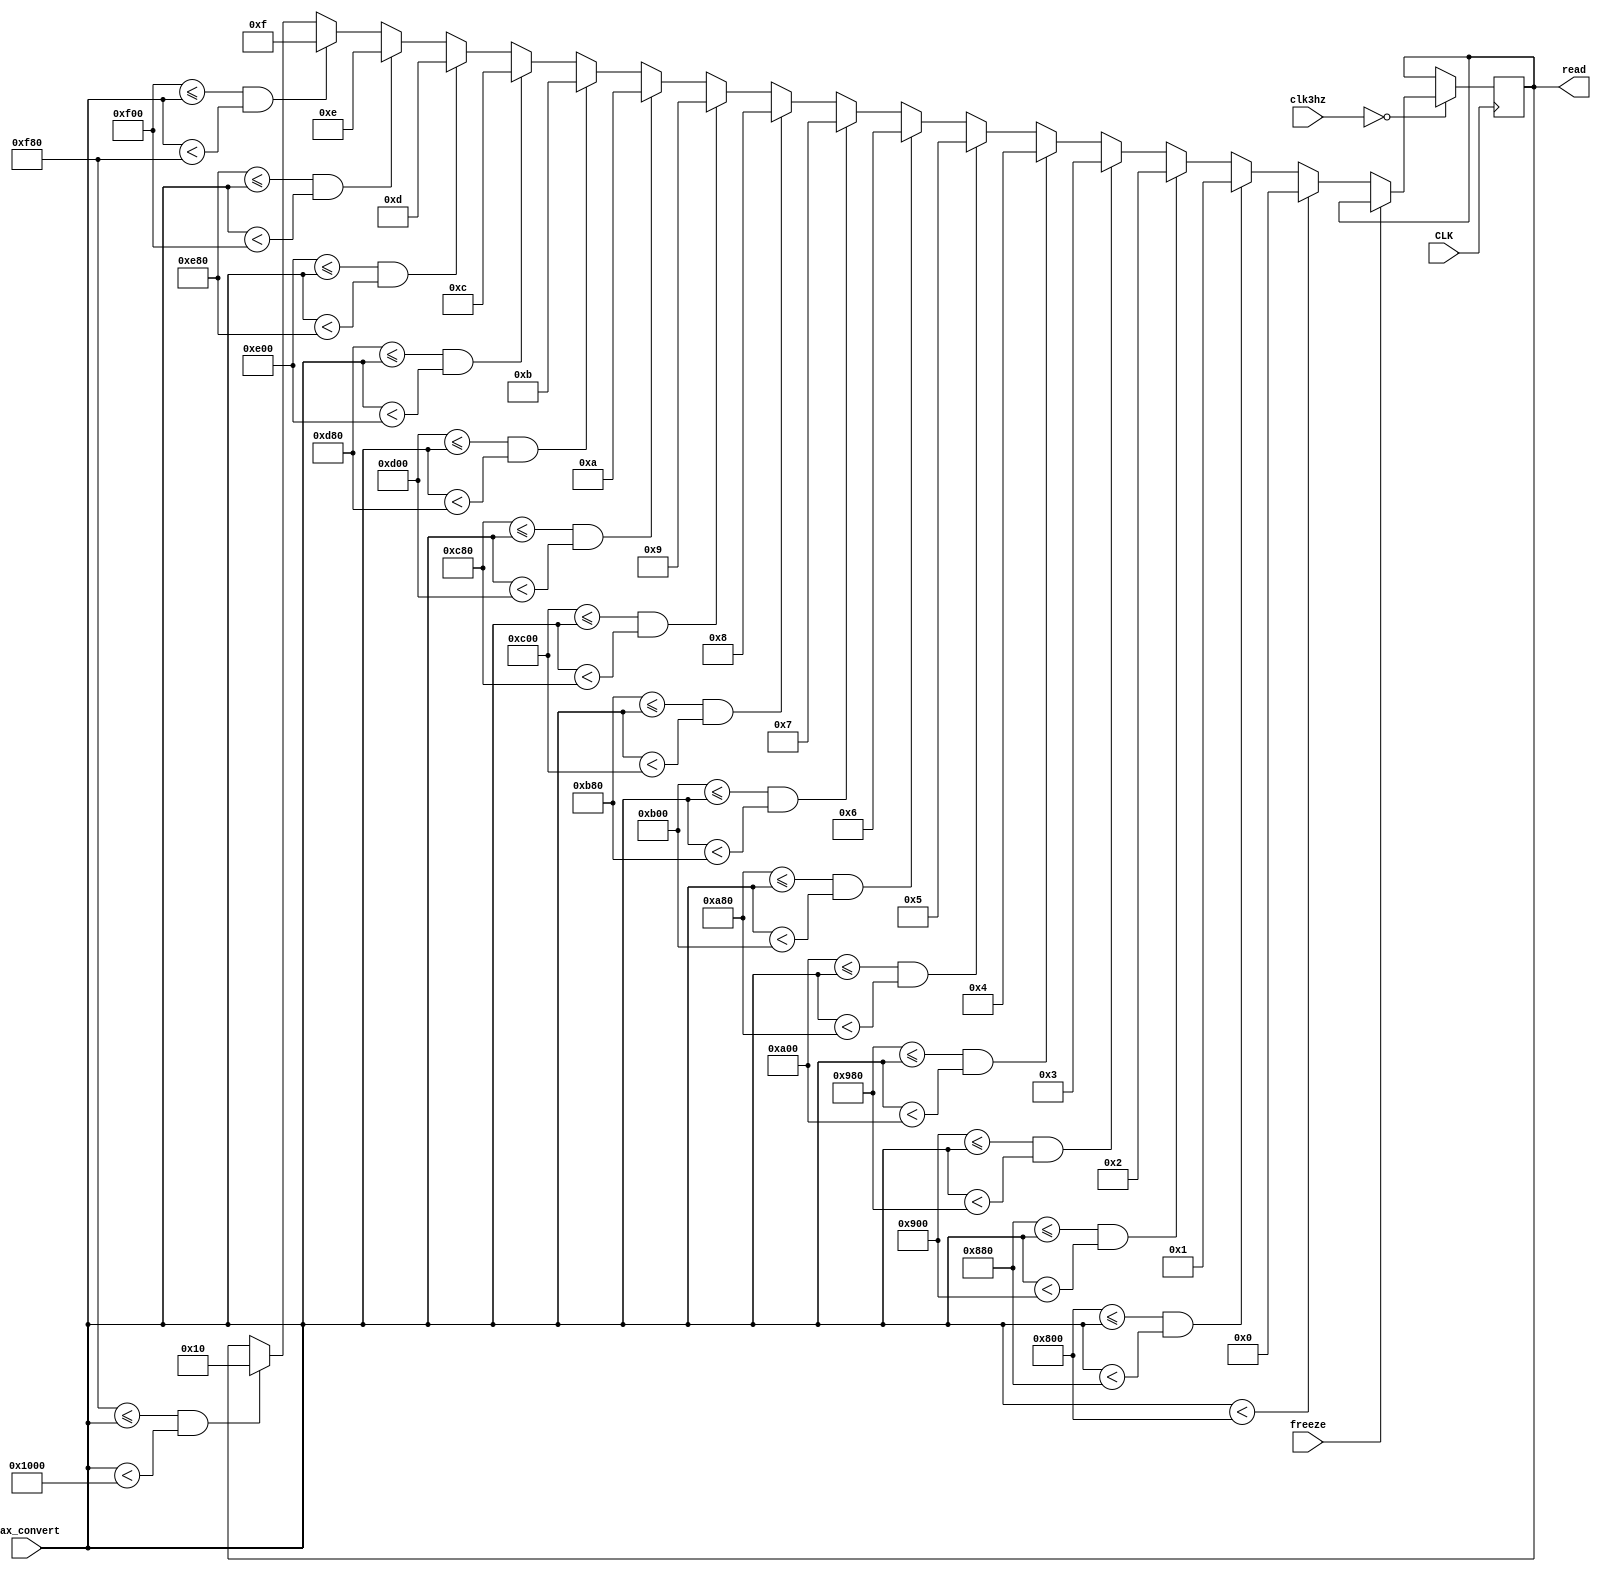
`timescale 1ns / 1ps
//////////////////////////////////////////////////////////////////////////////////
// Company: 
// Engineer: 
// 
// Design Name: 
// Module Name: Convert_max_mic
// Project Name: 
// Target Devices: 
// Tool Versions: 
// Description: 
// 
// Dependencies: 
// 
// Revision:
// Revision 0.01 - File Created
// Additional Comments:
// 
//////////////////////////////////////////////////////////////////////////////////


module Convert_max_mic(
    input CLK,
    input [24:0] clk3hz,
    input freeze,
    input [11:0] max_convert,
    output reg [4:0] read
    );
     always @ (posedge CLK)
     begin
        if (clk3hz == 0)
            begin
            if (!freeze) begin
                if (max_convert < 2048) read <= 0;
                else if (2048 <= max_convert && max_convert < 2176) read <= 1;
                else if (2176 <= max_convert && max_convert < 2304) read <= 2;
                else if (2304 <= max_convert && max_convert < 2432) read <= 3;
                else if (2432 <= max_convert && max_convert < 2560) read <= 4; 
                else if (2560 <= max_convert && max_convert < 2688) read <= 5; 
                else if (2688 <= max_convert && max_convert < 2816) read <= 6;
                else if (2816 <= max_convert && max_convert < 2944) read <= 7;
                else if (2944 <= max_convert && max_convert < 3072) read <= 8;
                else if (3072 <= max_convert && max_convert < 3200) read <= 9; 
                else if (3200 <= max_convert && max_convert < 3328) read <= 10;
                else if (3328 <= max_convert && max_convert < 3456) read <= 11;
                else if (3456 <= max_convert && max_convert < 3584) read <= 12;
                else if (3584 <= max_convert && max_convert < 3712) read <= 13;
                else if (3712 <= max_convert && max_convert < 3840) read <= 14;
                else if (3840 <= max_convert && max_convert < 3968) read <= 15;
                else if (3968 <= max_convert && max_convert < 4096) read <= 16;
                end
            end else read <= read;
    end
endmodule